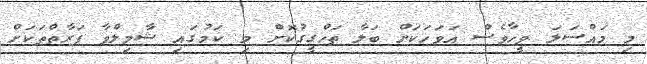
މި މައްސަލަ ވީހާވެސް އަވަހަކަށް ބަލާ ތަހްގީގުކޮށް މި ކަމުގައި ޝާމިލްވާ ފަރާތްތަކަށް